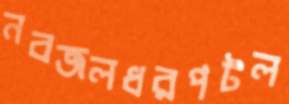
নবজলধরপটল